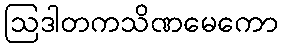
ဩဒါတကသိဏမေကော